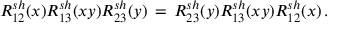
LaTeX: { \cal R } _ { 1 2 } ^ { s h } ( x ) { \cal R } _ { 1 3 } ^ { s h } ( x y ) { \cal R } _ { 2 3 } ^ { s h } ( y ) \, = \, { \cal R } _ { 2 3 } ^ { s h } ( y ) { \cal R } _ { 1 3 } ^ { s h } ( x y ) { \cal R } _ { 1 2 } ^ { s h } ( x ) \, .